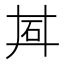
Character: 𬑽